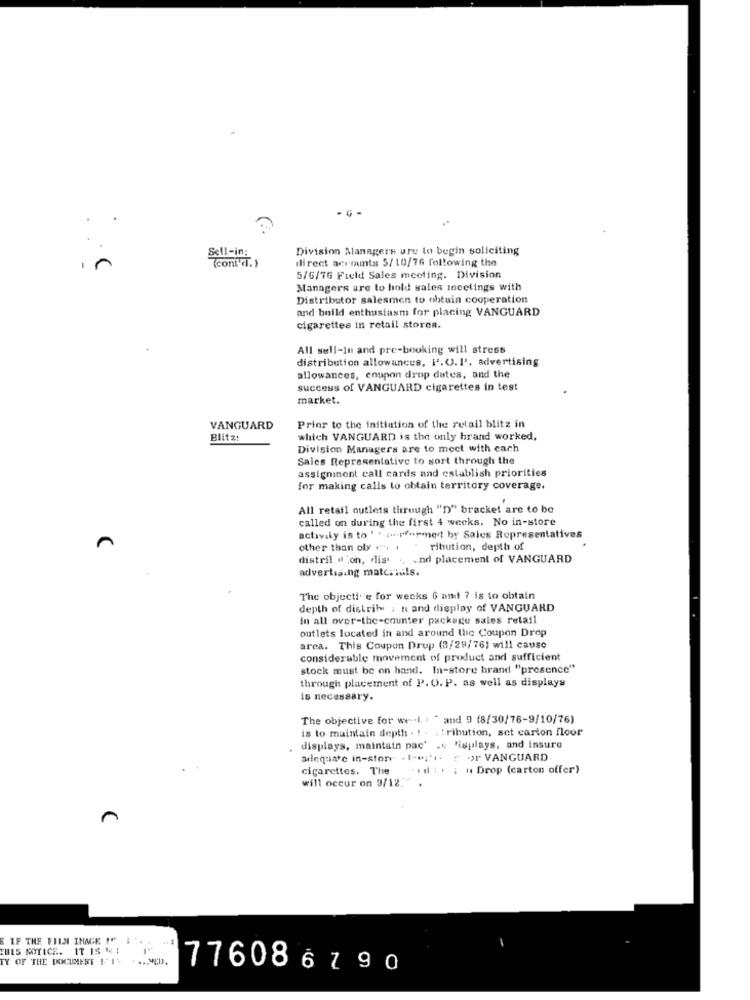
- G -
..
Division Managers ure to begin soliciting
Se11-in:
(conECT. )
direct accounts 5/10/76 following the
5/G/76 Field Sales meeting. Division
Managers are to hold sales meetings with
Distributor salesmen to obtuin cooperation
and build enthusiasm for placing VANGUARD
cigarettes in retail stores.
.
All sell-In and pre-booking will stress
distribution allowances, l'.U.I'. advertising
allowances, enupon drop dates, and the
success of VANGUARD cigarettes in test
market.
VANGUARD
Prior to the initiation of the retail blitz in
Blitz:
which VANGUARD is the only hrand worked,
Division Managers are to meet with each
Sales Representative to sort through the
assignment call cards and establish priorities
for making calls to obtain territory coverage.
All retail outlets through "D" bracket are to be
called on during the first 4 weeks. No in-store
activaly is to ' * in.pfopmert br Sales Representatives
other than oly . . . ribution, depth of
distril "'on, dis . and placement of VANGUARD
advertising materials.
The objecti. e for weeks 6 and 7 is to obtain
depth of distrih : n and display of VANGUARD
in all over-the-counter package sales retail
outlets located in and around the Coupon Drop
area. This Coupon Drop (3/29/76) will cause
considerable movement of product and sufficient
stock must be on hand. In-store brand "presence"
through placement of P. O. P. as well as displays
is necessary.
The objective for we -- I. . " and 9 (8/30/76-9/10/76)
is to maintain depth . ! . . : ribution, set carton floor
displays, maintain pac' .v "isplays, and insure
adequate in-store . 1-e;'i. : - )r VANGUARD
cigarettes. The
ad : . : " Drop (carton offer)
will occur on 9/12."
E IF THE EIIN INAGE !" 1
THIS NOTICE. IT IS " 1
TY OF THE DOCUMENT FIS .... MED.
776086790